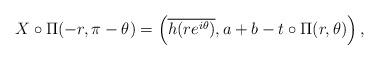
LaTeX: \begin{align*} X\circ \Pi(-r, \pi-\theta) &=\left( \overline{h(re^{i\theta})}, a+b - t\circ\Pi(r,\theta) \right),\end{align*}